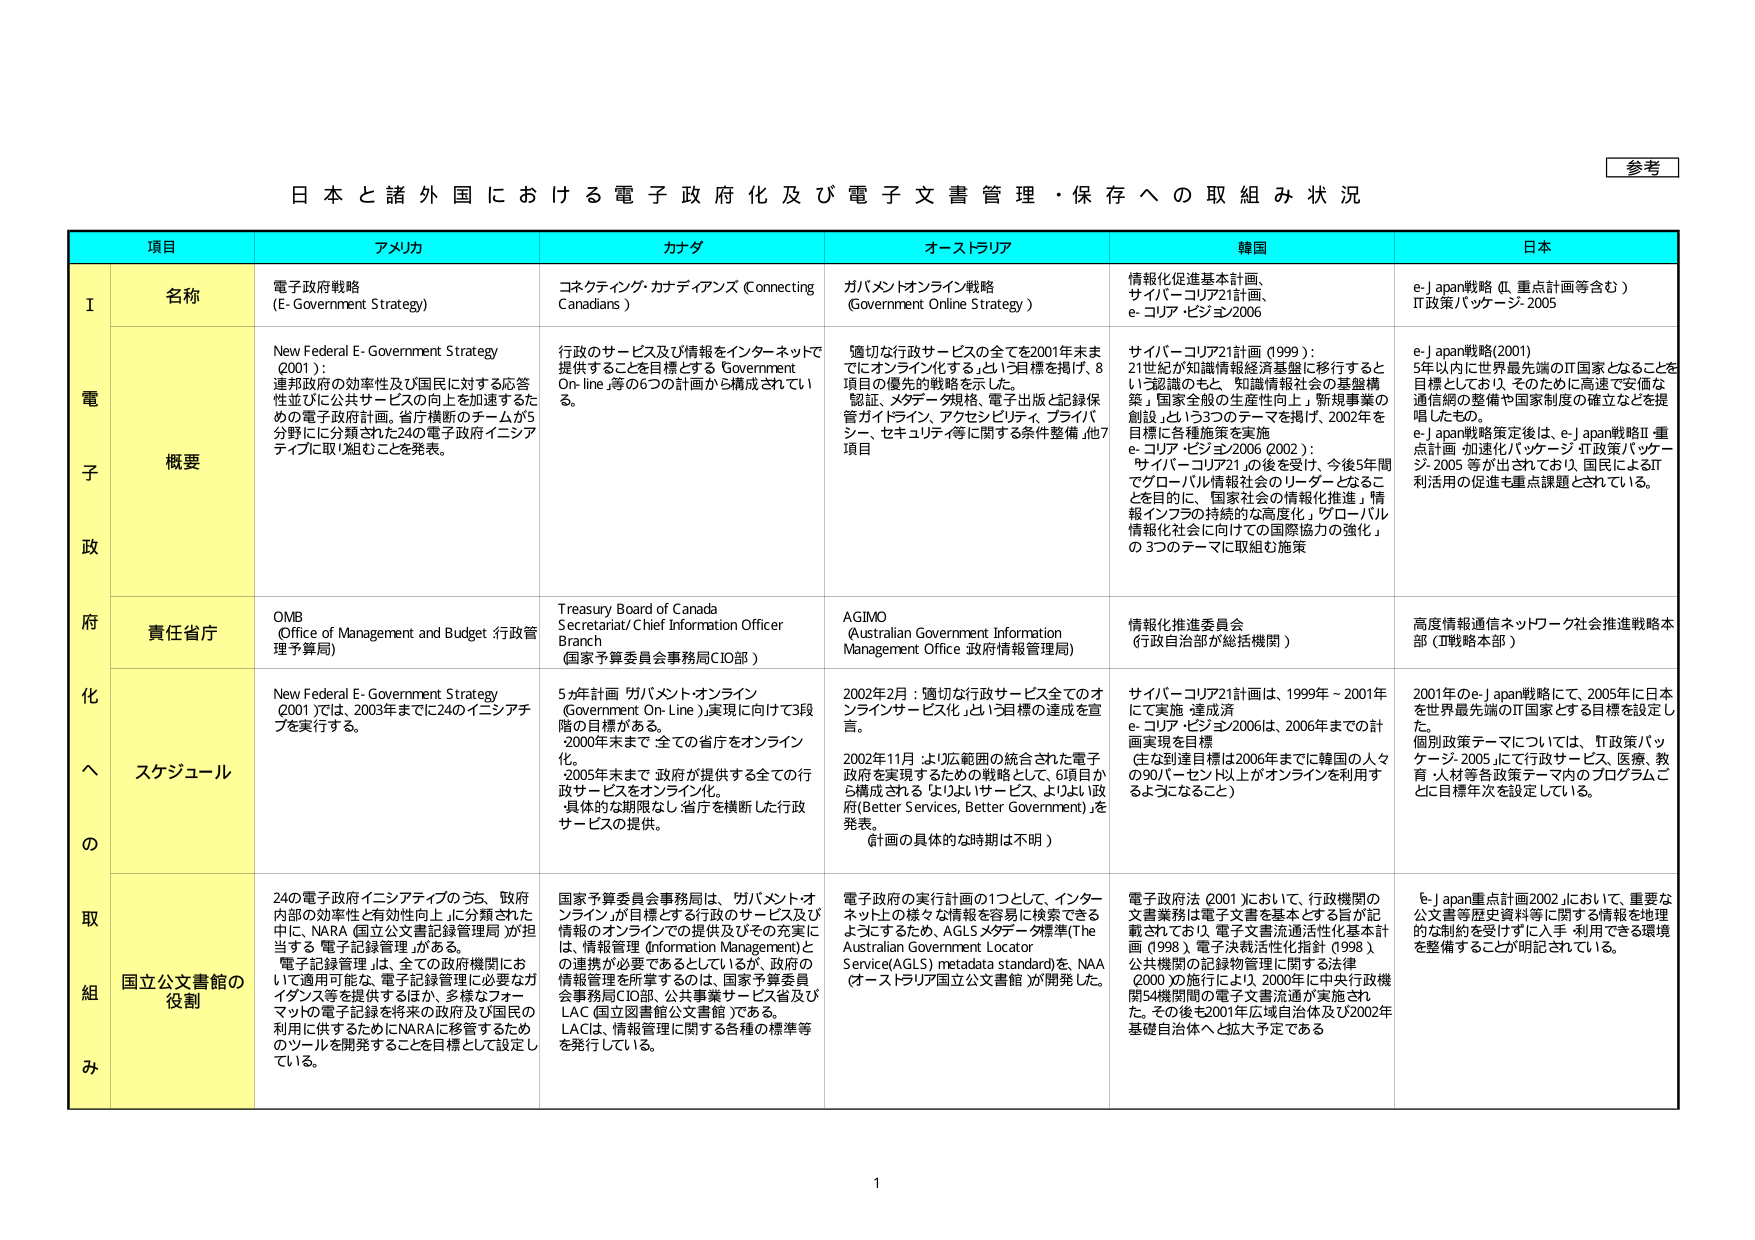
参考

日本と諸外国における電子政府化及び電子文書管理・保存への取組み状況

項目 アメリカ カナダ オーストラリア 韓国 日本

I 名称
電子政府戦略 (E-Government Strategy)
コネクティング・カナディアンズ (Connecting Canadians)
ガバメントオンライン戦略 (Government Online Strategy)
情報化促進基本計画、サイバー・コリア21計画、e-コリア・ビジョン2006
e-Japan戦略（Ⅱ、重点計画等含む） IT政策パッケージ 2005

概要
New Federal E-Government Strategy (2001)：
連邦政府の効率性及び国民に対する応答性並びに公共サービスの向上を加速するための電子政府計画。省庁横断のチームが5分野に分類された24の電子政府イニシアティブに取り組むことを発表。
行政のサービス及び情報をインターネットで提供することを目標とする Government On-line 等の6つの計画から構成されている。
適切な行政サービスの全てを2001年末までにオンライン化する」という目標を掲げ、8項目の優先的戦略を示した。認証、メタデータ規格、電子出版と記録保管ガイドライン、アクセシビリティ、プライバシー、セキュリティ等に関する条件整備、他7項目
サイバー・コリア21計画 (1999)：
21世紀が知識情報経済基盤に移行すると いう認識のもと、「知識情報社会の基盤構築」、国家全般の生産性向上、新規事業の創設」という3つのテーマを掲げ、2002年を目標に各種施策を実施
e-コリア・ビジョン2006 (2002)：
「サイバー・コリア21」の後を受け、今後5年間でグローバル情報社会のリーダーとなることを目的に、「国家社会の情報化推進」「情報インフラの持続的な高度化」「グローバル情報化社会に向けての国際協力の強化」の3つのテーマに取組む施策
e-Japan戦略(2001)
5年以内に世界最先端のIT国家となることを目標としており、そのために高速で安価な通信網の整備や国家制度の確立などを提唱したものです。
e-Japan戦略策定後は、e-Japan戦略Ⅱ・重点計画・加速化パッケージ・IT政策パッケージ・2005等が出されており、国民によるIT利活用の促進も重点課題とされている。

責任省庁
OMB (Office of Management and Budget 行政管理予算局)
Treasury Board of Canada Secretariat/ Chief Information Officer Branch (国家予算委員会事務局CIO部)
AGIMO (Australian Government Information Management Office 政府情報管理局)
情報化推進委員会 (行政自治部が総括機関)
高度情報通信ネットワーク社会推進戦略本部 (戦略本部)

スケジュール
New Federal E-Government Strategy (2001)では、2003年までに24のイニシアティブを実行する。
5年計画「ガバメント・オンライン (Government On-Line)」実現に向けて3段階の目標がある。
・2000年末まで：全ての省庁をオンライン化。
・2005年末まで：政府が提供する全ての行政サービスをオンライン化。
・具体的な期限なし：省庁を横断した行政サービスの提供。
2002年2月：「適切な行政サービス全てのオンラインサービス化」という目標の達成を宣言。
2002年11月：より広範囲の統合された電子政府を実現するための戦略として、6項目から構成される「よりよいサービス、よりよい政府 (Better Services, Better Government)」を発表。（計画の具体的な時期は不明）
サイバー・コリア21計画は、1999年～2001年にて実施・達成済
e-コリア・ビジョン2006は、2006年までの計画実現を目標
（主な到達目標は2006年までに韓国の人々の90パーセント以上がオンラインを利用することになること）
2001年のe-Japan戦略にて、2005年に日本を世界最先端のIT国家とする目標を設定した。
個別政策テーマについては、「IT政策パッケージ・2005」にて行政サービス、医療、教育、人材等各政策テーマ内のプログラムごとに目標年次を設定している。

国立公文書館の役割
24の電子政府イニシアティブのうち、「政府内部の効率性と有効性向上」に分類された中に、NARA（国立公文書記録管理局）が担当する「電子記録管理」がある。
「電子記録管理」は、全ての政府機関において適用可能で、電子記録管理に必要なガイドライン等を提供するほか、多様なフォーマットの電子記録を将来の政府及び国民の利用に供するためにNARAを移管するためのツールを開発することを目標として設定している。
国家予算委員会事務局は、「ガバメント・オンライン」が目標とする行政のサービス及び情報のオンラインでの提供及びその充実には、「情報管理 (Information Management)」の連携が必要であるとしているが、政府の情報管理を所掌するのは、国家予算委員会事務局CIO部、公共事業サービス省及びLAC（国立図書館公文書館）である。
LACは、情報管理に関する各種の標準等を発行している。
電子政府の実行計画の1つとして、インターネット上の様々な情報を容易に検索できるようにするため、AGLSメタデータ標準(The Australian Government Locator Service(AGLS) metadata standard)を、NAA（オーストラリア国立公文書館）が開発した。
電子政府法（2001）において、行政機関の文書業務は電子文書を基本とする旨が記載されており、電子文書流通活性化基本計画（1998）、電子決裁活性化指針（1998）、公共機関の記録管理に関する法律（2000）の施行により、2000年に中央行政機関54機関間の電子文書流通が実施された。その後も2001年広域自治体及び2002年基礎自治体へと拡大予定である。
「e-Japan重点計画2002」において、重要な公文書等歴史資料等に関する情報を地理的な制約を受けずに入手・利用できる環境を整備することが明記されている。

1